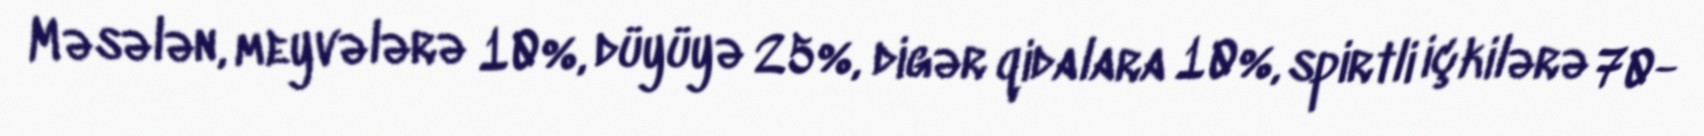
Məsələn, meyvələrə 10%, düyüyə 25%, digər qidalara 10%, spirtli içkilərə 70-